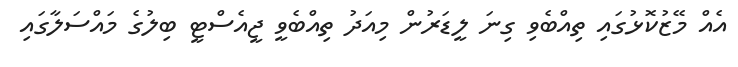
އެއް މޭޒުކޮޅުގައި ތިއްބެވި ގިނަ ލީޑަރުން މިއަދު ތިއްބެވީ ޖީއެސްޓީ ބިލުގެ މައްސަލާގައި